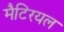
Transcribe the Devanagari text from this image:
मैटिरयल